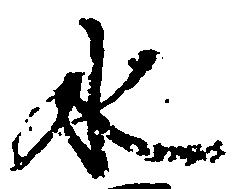
水